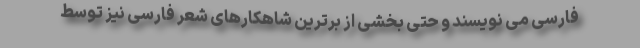
فارسی می نویسند و حتی بخشی از برترین شاهکارهای شعر فارسی نیز توسط